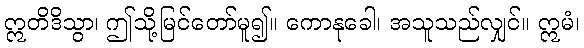
ဣတိဒိသွာ၊ ဤသို့မြင်တော်မူ၍။ ကောနုခေါ၊ အသူသည်လျှင်။ ဣမံ၊